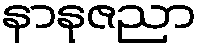
နာနုဇညာ